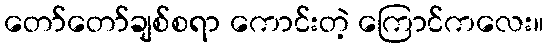
တော်တော်ချစ်စရာ ကောင်းတဲ့ ကြောင်ကလေး။